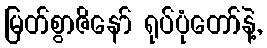
မြတ်စွာဇိနော် ရုပ်ပုံတော်နဲ့,